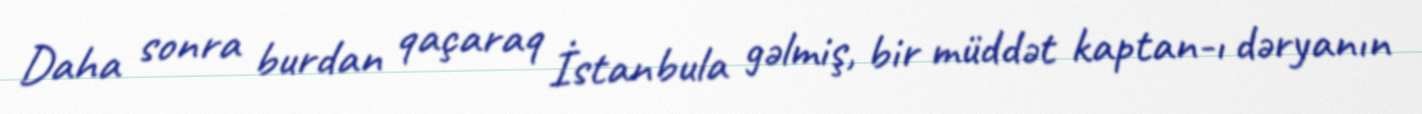
Daha sonra burdan qaçaraq İstanbula gəlmiş, bir müddət kaptan-ı dəryanın